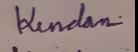
Signature authenticity: genuine